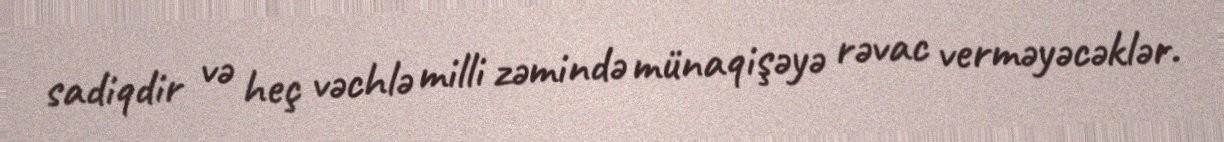
sadiqdir və heç vəchlə milli zəmində münaqişəyə rəvac verməyəcəklər.